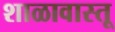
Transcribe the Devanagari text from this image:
शाळावास्तू